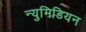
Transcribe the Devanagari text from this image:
न्युमिडियन